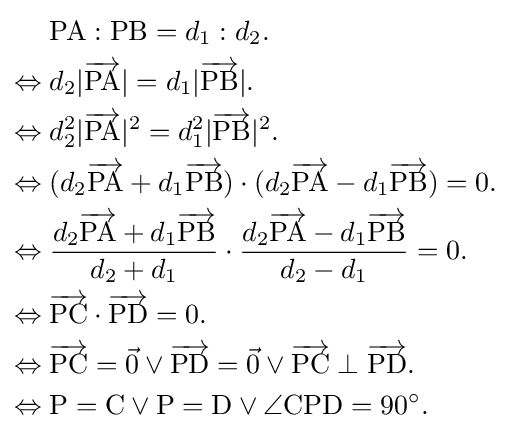
{\begin{aligned}&\mathrm {PA} :\mathrm {PB} =d_{1}:d_{2}.\\\Leftrightarrow {}&d_{2}|{\overrightarrow {\mathrm {PA} }}|=d_{1}|{\overrightarrow {\mathrm {PB} }}|.\\\Leftrightarrow {}&d_{2}^{2}|{\overrightarrow {\mathrm {PA} }}|^{2}=d_{1}^{2}|{\overrightarrow {\mathrm {PB} }}|^{2}.\\\Leftrightarrow {}&(d_{2}{\overrightarrow {\mathrm {PA} }}+d_{1}{\overrightarrow {\mathrm {PB} }})\cdot (d_{2}{\overrightarrow {\mathrm {PA} }}-d_{1}{\overrightarrow {\mathrm {PB} }})=0.\\\Leftrightarrow {}&{\frac {d_{2}{\overrightarrow {\mathrm {PA} }}+d_{1}{\overrightarrow {\mathrm {PB} }}}{d_{2}+d_{1}}}\cdot {\frac {d_{2}{\overrightarrow {\mathrm {PA} }}-d_{1}{\overrightarrow {\mathrm {PB} }}}{d_{2}-d_{1}}}=0.\\\Leftrightarrow {}&{\overrightarrow {\mathrm {PC} }}\cdot {\overrightarrow {\mathrm {PD} }}=0.\\\Leftrightarrow {}&{\overrightarrow {\mathrm {PC} }}={\vec {0}}\vee {\overrightarrow {\mathrm {PD} }}={\vec {0}}\vee {\overrightarrow {\mathrm {PC} }}\perp {\overrightarrow {\mathrm {PD} }}.\\\Leftrightarrow {}&\mathrm {P} =\mathrm {C} \vee \mathrm {P} =\mathrm {D} \vee \angle {\mathrm {CPD} }=90^{\circ }.\end{aligned}}